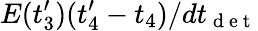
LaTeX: E(t_{3}^{\prime})(t_{4}^{\prime}-t_{4})/dt_{\mathrm{~d~e~t~}}